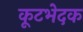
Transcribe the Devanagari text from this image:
कूटभेदक